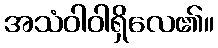
အသံဝါဝါရှိလေ၏။